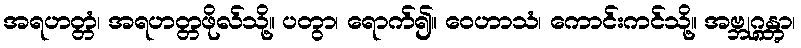
အရဟတ္တံ၊ အရဟတ္တဖိုလ်သို့။ ပတွာ၊ ရောက်၍။ ဝေဟာသံ၊ ကောင်းကင်သို့။ အဗ္ဘုဂ္ဂန္တွာ၊